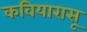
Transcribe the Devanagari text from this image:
कवियारासू